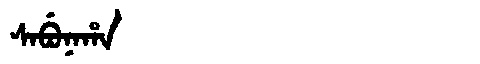
Manchu: ᠰᠠᠪᡠᠨᠠᡥᠠ
Romanization: SABUNAHA